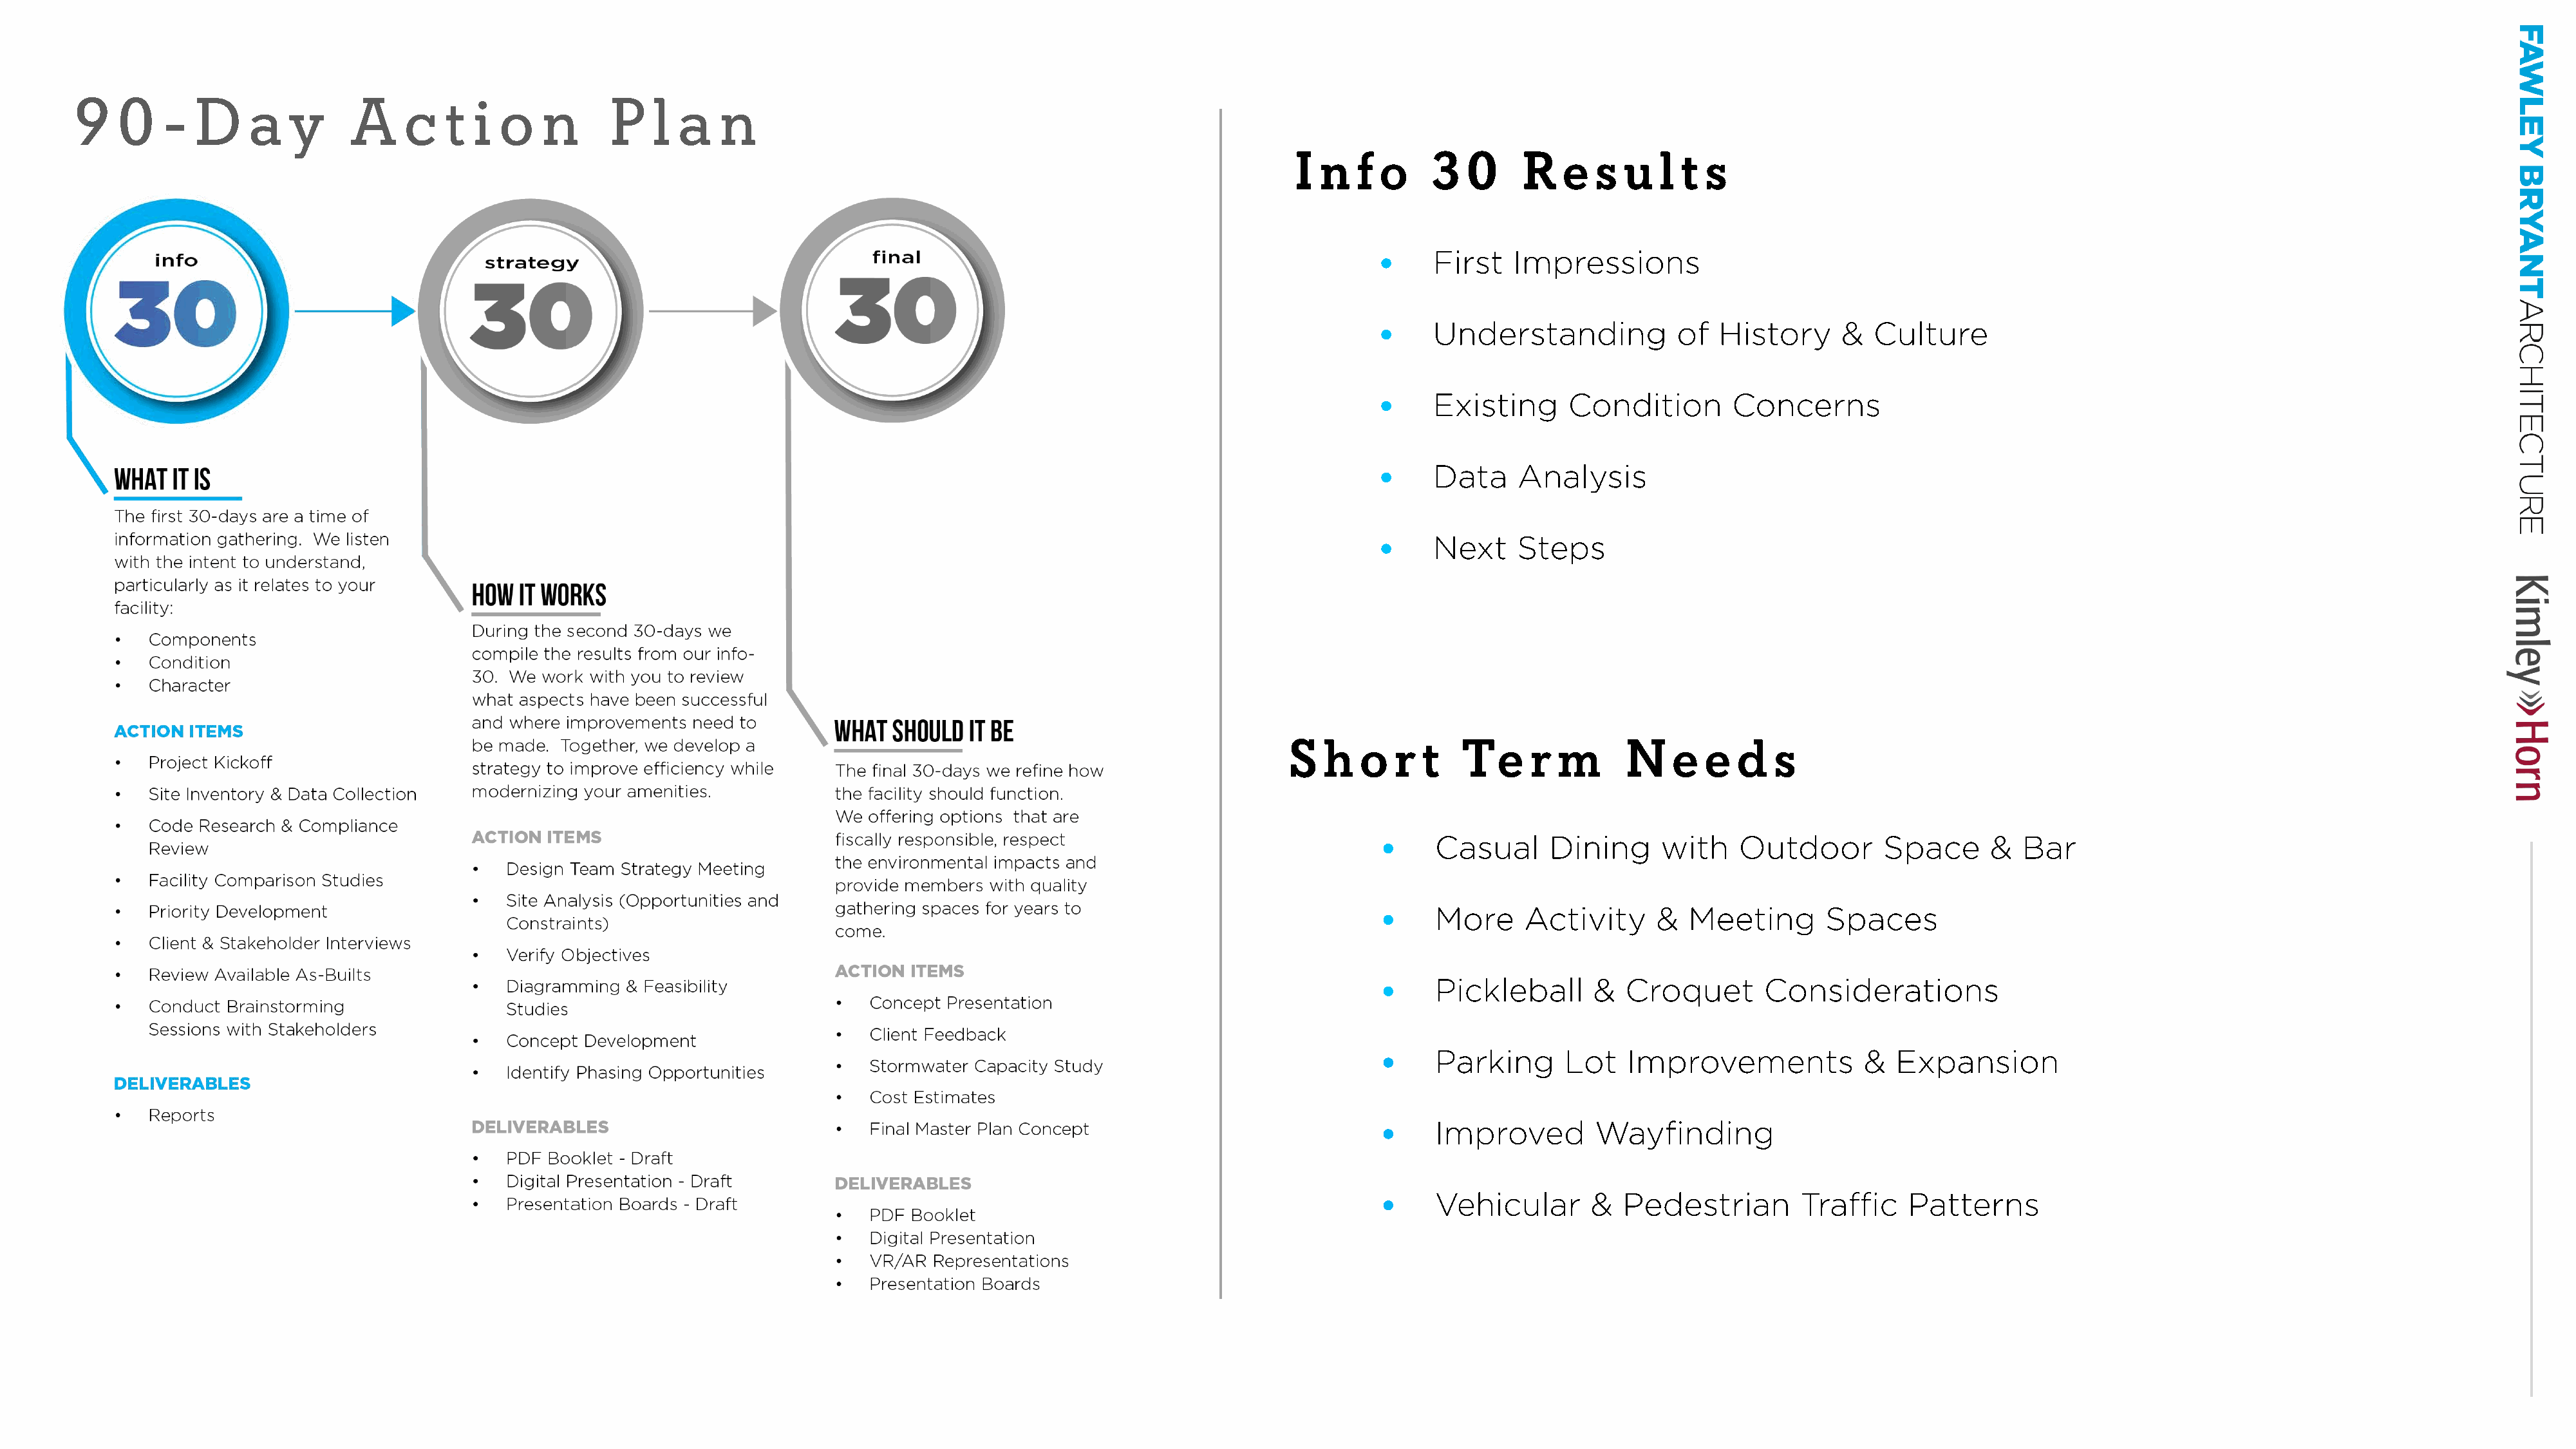
I
 I
 r-
 9   0    -  D     a   y     A     c   t  i o    n      P   l  a   n
 ~
 I  n  f  o    3   0    R    e  s  u   l t s
 m
 ~
 ~
 z
 •    First    Impressions
 info
 -I
 )>
 •    Understanding            of   History     &   Culture                                                           :::0
 n
 I
 •    Existing      Condition        Concerns                                                                         -I
 m
 n
 -I
 •    Data     Analysis
 WHAT  ITI S
 C
 :::0
 The first 30-days are a time of                                                                                                                                                                                                                        m
 information gathering. We listen                                                                                                  •    Next     Steps
 with the intent to understand,
 "'
 particularly as it relates to your
 HOW IT WORKS
 facility:                                                                                                                                                                                                                                              3-■
 During the second 30-days we
 •  Components
 compile the results from our info-
 •  Condition
 30. We work with you to review
 •  Character
 what aspects have been successful
 and where improvements need to       WHAT  SHOULD  IT BE
 ACTION ITEMS
 be made. Together, we develop a                                                    S   h   o  r  t   Te     r  m      N    e  e   d  s
 •  Project Kickoff
 strategy to improve efficiency while The final 30-days we refine how
 •  Site Inventory & Data Collection  modernizing your amenities.          the facility should function.
 We offering options that are
 •  Code  Research & Compliance
 ACTION  ITEMS                         fiscally responsible, respect                           •     Casual     Dining      with    Outdoor        Space      &  Bar
 Review
 the environmental impacts and
 •  Design Team Strategy Meeting
 •  Facility Comparison Studies
 provide members with quality
 •  Site Analysis (Opportunities and
 •  Priority Development                                                   gathering spaces for years to                           •     More     Activity     &   Meeting       Spaces
 Constraints)
 come.
 •  Client & Stakeholder Interviews
 •  Verify Objectives
 •  Review Available As-Builts                                             ACTION  ITEMS
 •  Diagramming & Feasibility                                                                 •     Pickleball      &  Croquet       Considerations
 •  Conduct Brainstorming                Studies                           •  Concept Presentation
 Sessions with Stakeholders
 •  Client Feedback
 •  Concept Development
 •     Parking      Lot   Improvements             &  Expansion
 •  Stormwater Capacity Study
 •  Identify Phasing Opportunities
 DELIVERABLES
 •  Cost Estimates
 •  Reports
 DEL VERABLES                         •  Final Master Plan Concept                            •     Improved        Wayfinding
 •  PDF Booklet - Draft
 •  Digital Presentation - Draft      DELIVERABLES
 •     Vehicular       &  Pedestrian        Traffic    Patterns
 •  Presentation Boards - Draft
 •  PDF  Booklet
 •  Digital Presentation
 •  VR/AR  Representations
 •  Presentation Boards